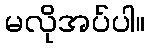
မလိုအပ်ပါ။